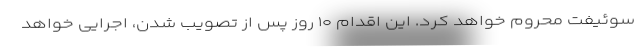
سوئیفت محروم خواهد کرد. این اقدام ۱۰ روز پس از تصویب شدن، اجرایی خواهد